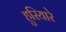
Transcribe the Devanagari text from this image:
हुरियारे